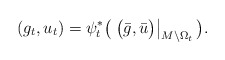
\begin{align*} (g_t, u_t) = \psi_t^* \big( \left.\big(\bar g, \bar u\big)\right|_{M\setminus \Omega_t}\big). \end{align*}